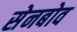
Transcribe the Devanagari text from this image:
सेनबोव